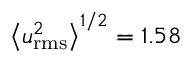
\left\langle u _ { \mathrm { r m s } } ^ { 2 } \right\rangle ^ { 1 / 2 } = 1 . 5 8